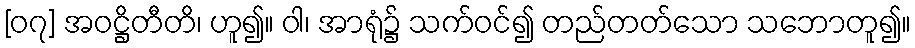
[၀၇] အဝဋ္ဌိတီတိ၊ ဟူ၍။ ဝါ၊ အာရုံ၌ သက်ဝင်၍ တည်တတ်သော သဘောတူ၍။